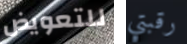
للتعويض رقبتي